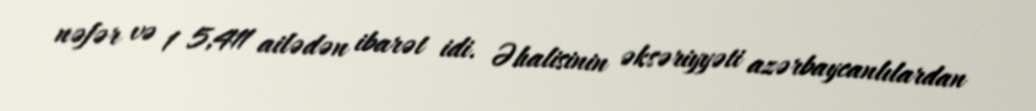
nəfər və 1 5,411 ailədən ibarət idi. Əhalisinin əksəriyyəti azərbaycanlılardan